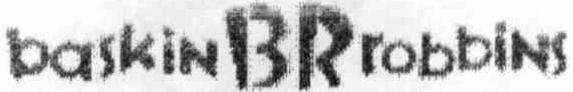
BASKIN BR ROBBINS